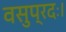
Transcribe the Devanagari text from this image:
वसुप्रदः।